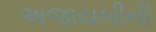
અજાયબીની